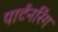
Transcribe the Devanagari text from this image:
पार्टनरिंग